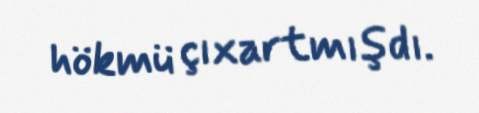
hökmü çıxartmışdı.